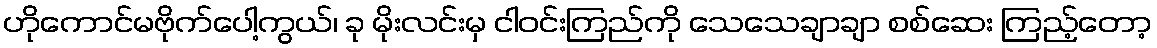
ဟိုကောင်မဗိုက်ပေါ့ကွယ်၊ ခု မိုးလင်းမှ ငါဝင်းကြည်ကို သေသေချာချာ စစ်ဆေး ကြည့်တော့